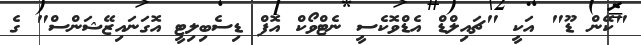
"ކޭން ޑޫ" އަކީ "ޗައިލްޑް އެޑްވޮކެސީ ނެޓްވޯކް އޮފް ޑިސެބިލިޓީ އޮގަނައިޒޭޝަންސް" ގެ